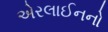
એરલાઈનનો